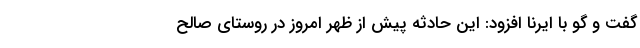
گفت و گو با ایرنا افزود: این حادثه پیش از ظهر امروز در روستای صالح